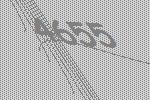
4655